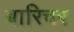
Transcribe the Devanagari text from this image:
बारिचर